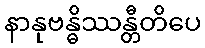
နာနုဗန္ဓိဿန္တီတိပေ